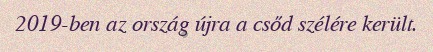
2019-ben az ország újra a csőd szélére került.